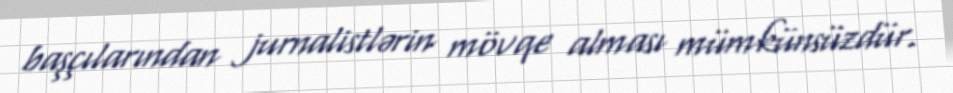
başçılarından jurnalistlərin mövqe alması mümkünsüzdür.